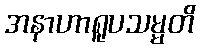
အနာဟာရူပသမ္မတိ